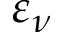
\varepsilon _ { \nu }